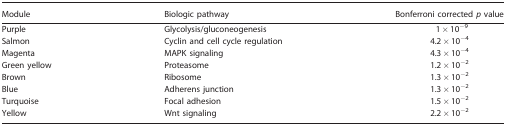
| Module | Biologic pathway | Bonferroni corrected p value |
 | --- | --- | --- |
 | Purple | Glycolysis/gluconeogenesis | 1 × 10−9 |
 | Salmon | Cyclin and cell cycle regulation | 4.2 × 10−4 |
 | Magenta | MAPK signaling | 4.3 × 10−4 |
 | Green yellow | Proteasome | 1.2 × 10−2 |
 | Brown | Ribosome | 1.3 × 10−2 |
 | Blue | Adherens junction | 1.3 × 10−2 |
 | Turquoise | Focal adhesion | 1.5 × 10−2 |
 | Yellow | Wnt signaling | 2.2 × 10−2 |